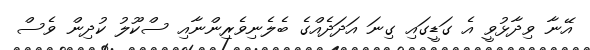
އޭނާ ވިދާޅުވީ އެ ގަޑީގައި ގިނަ އަދަދެއްގެ ބެލެނިވެރިންނާއި ސްކޫލު ކުދިން ވެސް